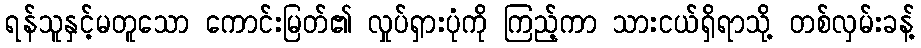
ရန်သူနှင့်မတူသော ကောင်းမြတ်၏ လှုပ်ရှားပုံကို ကြည့်ကာ သားငယ်ရှိရာသို့ တစ်လှမ်းခန့်